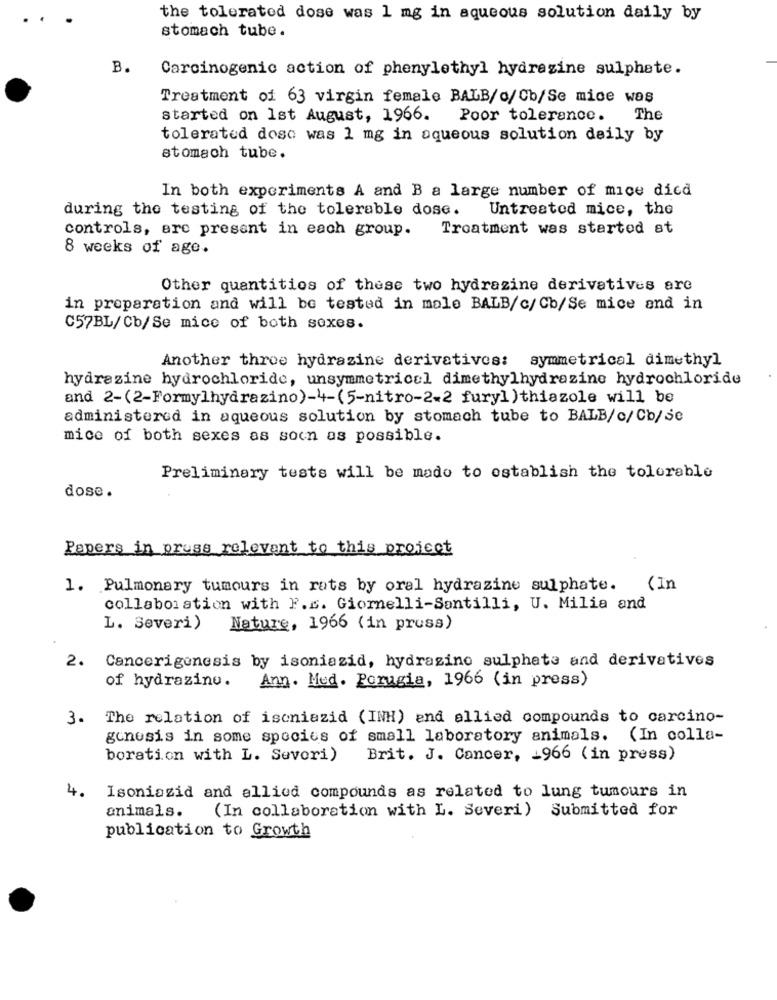
the tolerated dose was 1 mg in aqueous solution daily by
stomach tube.
B.
Carcinogenic action of phenylethyl hydrazine sulphate.
Treatment of 63 virgin female BALB/c/Cb/Se mice was
started on Ist August, 1966. Poor tolerance.
The
tolerated doso was 1 mg in aqueous solution deily by
stomach tube.
In both experiments A and B a large number of mice dicd
during the testing of the tolerable dose.
Untreated mice, the
controls, are present in each group.
Treatment was started at
8 weeks of age.
Other quantities of these two hydrazine derivatives are
in preparation and will be tested in male BALB/c/ Cb/Se mice and in
C57BL/Cb/Se mice of both sexes.
Another three hydrazine derivatives: symmetrical dimethyl
hydrazine hydrochloride, unsymmetrical dimethylhydrazine hydrochloride
and 2-(2-Formylhydrazino)-4-(5-nitro-2-2 fury]) thiazole will be
administered in aqueous solution by stomach tube to BALB/c/Cb/se
mice of both sexes as soon as possible.
Preliminary tests will be mado to establish the tolerable
dose.
Papers in press relevant to this project
1. Pulmonary tumours in rats by oral hydrazine sulphate.
(In
collaboration with F.c. Giornelli-Santilli, U. Milia and
L. Severi)
Nature, 1966 (in press)
2.
Cancerigenesis by isoniazid, hydrazino sulphate and derivatives
of hydrazinu.
Ann. Med. Porugia, 1966 (in press)
3. The relation of iscniazid (INH) and allied compounds to carcino-
genesis in some species of small laboratory animals. (In colla-
boration with L. Sevori)
Brit. J. Cancer, 1966 ( in press)
4.
Isoniazid and allied compounds as related to lung tumours in
animals. (In collaboration with L. Severi) Submitted for
publication to Growth